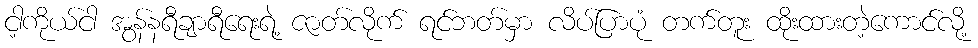
ငါ့ကိုယ်ငါ အွန်နရီချာရီရေးရဲ့ ဇာတ်လိုက် ရင်ဘတ်မှာ လိပ်ပြာပုံ တက်တူး ထိုးထားတဲ့ကောင်လို့